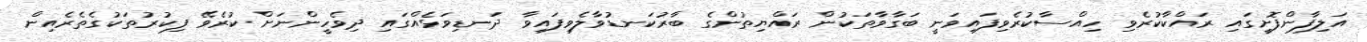
އަލިފާންފޮށީގައި ރައްކާކުރެވި ހިއްސާކުރެވިފައިވަނީ ބަގާވާތަކުން ރައްޔިތުންގެ ބާރުކަނޑުވާލެވިފައިވާ ދަނޑިވަޅެއްގައި ދިވެހީންނަށް ކުރެވޭ ފިކުރުތަކުގެތެރެއިން